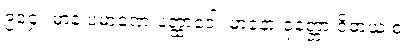
၉၁၄။ မာနံ ပမာဏေ ပတ္ထာဒေါ၊ မာနော ဝုတ္တော ဝိဓာယ စ။